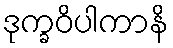
ဒုက္ခဝိပါကာနိ